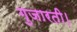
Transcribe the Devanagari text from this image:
गुजारती।